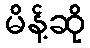
မိန့်ဆို